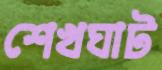
শেখঘাট